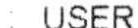
: USER